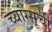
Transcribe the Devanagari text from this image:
च्यांग्सूची